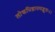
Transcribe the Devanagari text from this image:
लोकधिष्ठानमद्भुतः।।